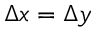
\Delta x = \Delta y